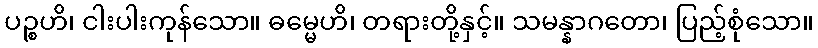
ပဉ္စဟိ၊ ငါးပါးကုန်သော။ ဓမ္မေဟိ၊ တရားတို့နှင့်။ သမန္နာဂတော၊ ပြည့်စုံသော။